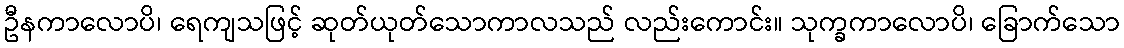
ဦနကာလောပိ၊ ရေကျသဖြင့် ဆုတ်ယုတ်သောကာလသည် လည်းကောင်း။ သုက္ခကာလောပိ၊ ခြောက်သော